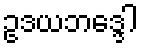
ဥဒယဘဒ္ဒေါ